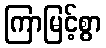
ကြာမြင့်စွာ